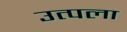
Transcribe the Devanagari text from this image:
उत्पला